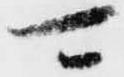
可